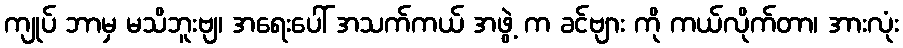
ကျုပ် ဘာမှ မသိဘူးဗျ၊ အရေးပေါ် အသက်ကယ် အဖွဲ့ က ခင်ဗျား ကို ကယ်လိုက်တာ၊ အားလုံး